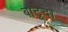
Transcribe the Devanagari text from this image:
बाटूदा